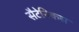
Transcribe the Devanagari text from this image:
सैटेनिकस